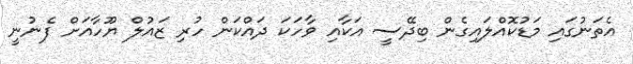
އެތަނުގައި މަޑުކޮއްލައިގެން ބިދޭސީ އަކާއި ވާހަކަ ދައްކަން ހުރި ޒައުލް ޔޫހާއަށް ފެނުނީ